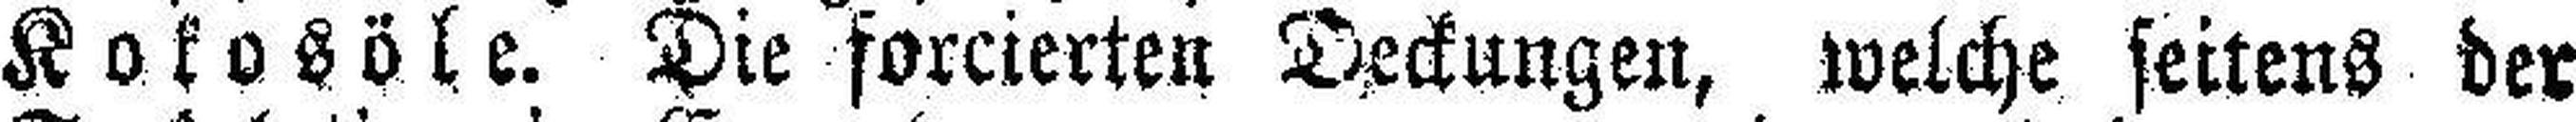
Kokosöle. Die forcierten Deckungen, welche seitens der